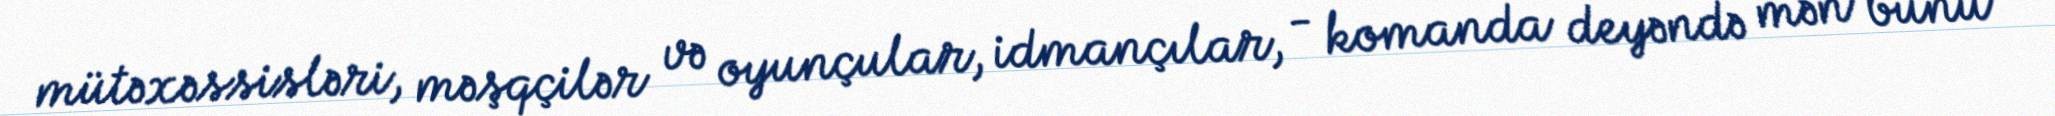
mütəxəssisləri, məşqçilər və oyunçular, idmançılar, - komanda deyəndə mən bunu